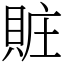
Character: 賍